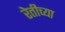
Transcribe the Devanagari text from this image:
रेतीच्या